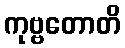
ကုဗ္ဗတောတိ